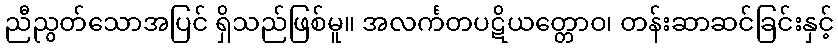
ညီညွတ်သောအပြင် ရှိသည်ဖြစ်မူ။ အလင်္ကတပဋိယတ္တောဝ၊ တန်းဆာဆင်ခြင်းနှင့်